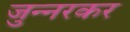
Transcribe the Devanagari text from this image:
जुन्‍नरकर